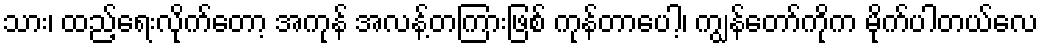
သား၊ ထည့်ရေးလိုက်တော့ အကုန် အလန့်တကြားဖြစ် ကုန်တာပေါ့၊ ကျွန်တော်ကိုက မိုက်ပါတယ်လေ